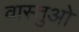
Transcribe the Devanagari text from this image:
वास्तुओ